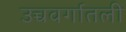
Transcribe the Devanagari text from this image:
उच्चवर्गातली